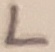
Text: L